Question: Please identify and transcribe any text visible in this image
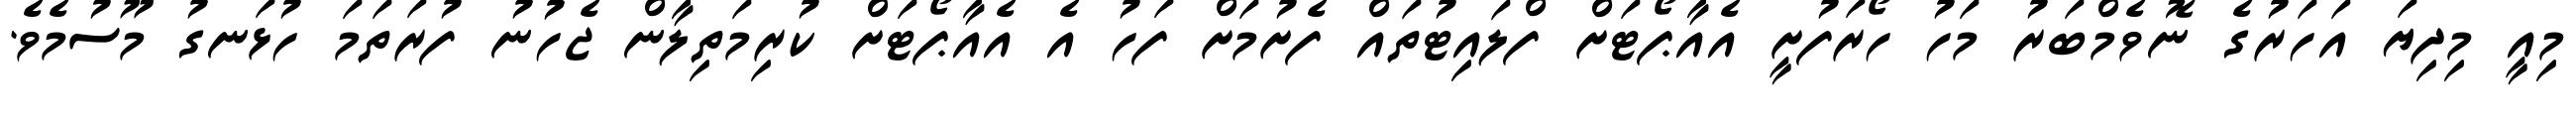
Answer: މިއީ މިދިޔަ އަހަރުގެ ނޮވެމްބަރު މަހު ހޯރަފުށީ އެއާޕޯޓަށް ފްލައިޓުތައް ފެށުމަށް ފަހު އެ އެއާޕޯޓަށް ކުރިމަތިލާން ޖެހުނު ފުރަތަމަ ހުޅަނގު މޫސުމެވެ.